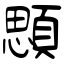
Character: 顋